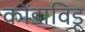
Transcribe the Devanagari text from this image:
कोंडाविडू